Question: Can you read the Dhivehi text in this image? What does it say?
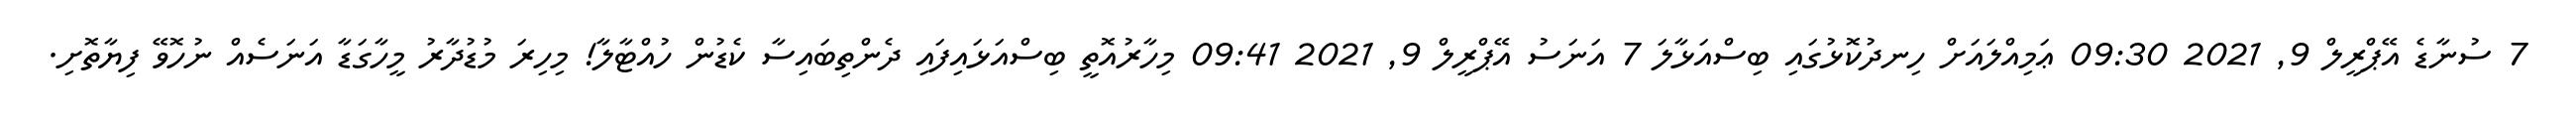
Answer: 7 ސުނާޑެ އޭޕްރީލް 9, 2021 09:30 ޢަމިއްލައަށް ހިނދުކޮޅުގައި ބިސްއަޅާލަ 7 އަނަސު އޭޕްރީލް 9, 2021 09:41 މިހާރުއޮތީ ބިސްއަޅައިފައި ދެންތިބައިސާ ކެޑުން ހުއްޓާލާ! މިހިރަ މުޑުދާރު މީހާގަޑާ އަނަސެއް ނުހޮވޭ ފިޔާތޮށި.